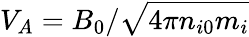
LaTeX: V_{A}=B_{0}/\sqrt{4\pi n_{i0}m_{i}}